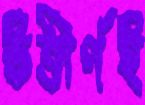
উত্তীর্ণই